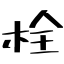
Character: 栓